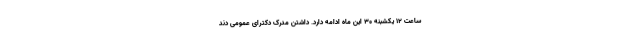
ساعت ۱۲ یکشبنه ۳۰ این ماه ادامه دارد. داشتن مدرک دکترای عمومی دند